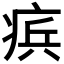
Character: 𭼑